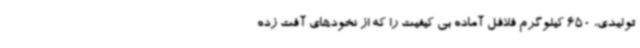
تولیدی، 650 کیلوگرم فلافل آماده بی کیفیت را که از نخودهای آفت زده